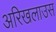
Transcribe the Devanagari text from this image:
अरिखलाउस